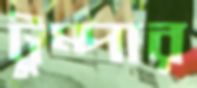
টুম্পার